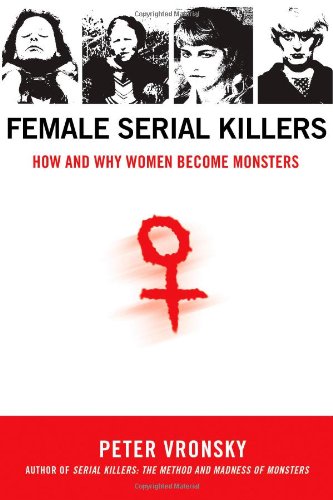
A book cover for Female Serial Killers: How and Why Women Become Monsters; Peter Vronsky; Biographies & Memoirs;